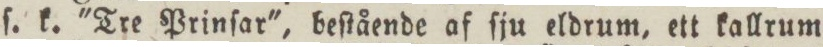
ſ. k. 'Tre Prinſar', beſtående af ſju eldrum, ett kallrum